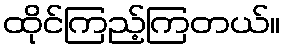
ထိုင်ကြည့်ကြတယ်။